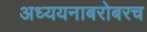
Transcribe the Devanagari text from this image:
अध्ययनाबरोबरच